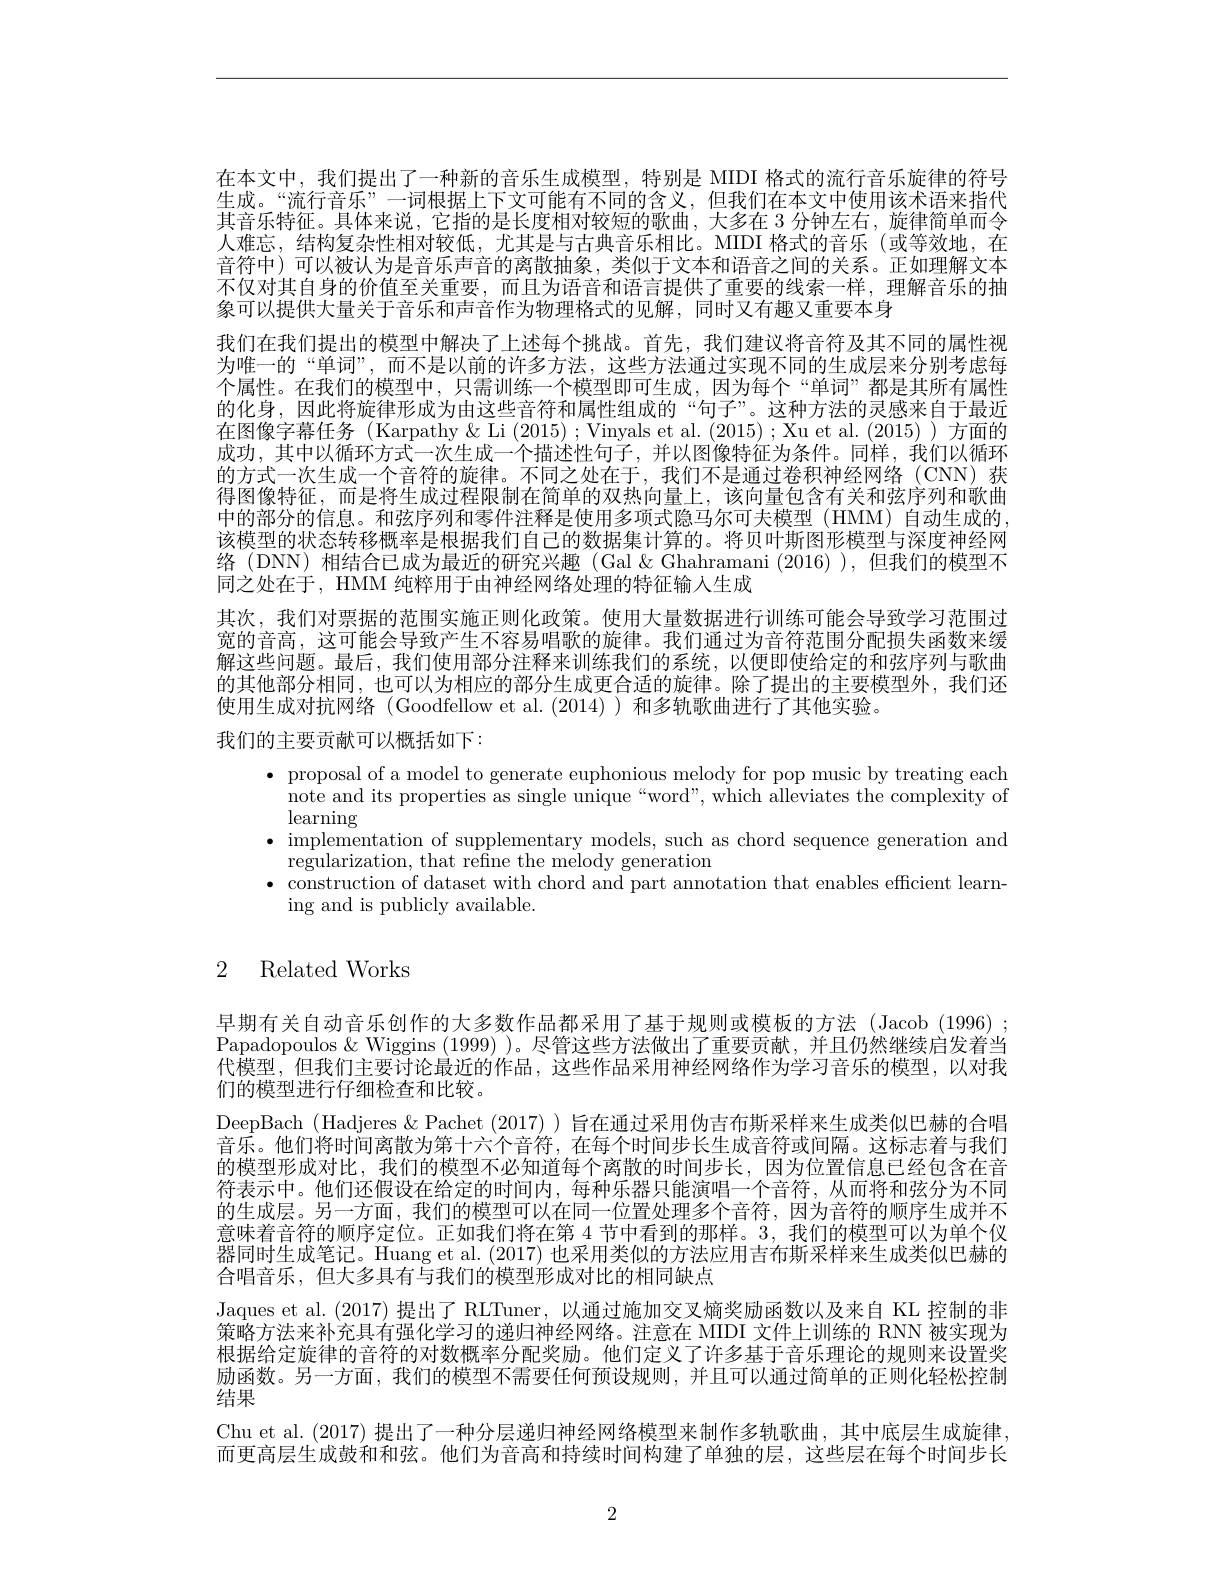
在本文中，我们提出了一种新的音乐生成模型，特别是 MIDI 格式的流行音乐旋律的符号生成。“流行音乐”一词根据上下文可能有不同的含义，但我们在本文中使用该术语来指代其音乐特征。具体来说，它指的是长度相对较短的歌曲，大多在 3 分钟左右，旋律简单而令人难忘，结构复杂性相对较低，尤其是与古典音乐相比。MIDI 格式的音乐(或等效地，在音符中)可以被认为是音乐声音的离散抽象，类似于文本和语音之间的关系。正如理解文本不仅对其自身的价值至关重要，而且为语音和语言提供了重要的线索一样，理解音乐的抽象可以提供大量关于音乐和声音作为物理格式的见解，同时又有趣又重要本身
我们在我们提出的模型中解决了上述每个挑战。首先，我们建议将音符及其不同的属性视为唯一的“单词”,而不是以前的许多方法，这些方法通过实现不同的生成层来分别考虑每个属性。在我们的模型中，只需训练一个模型即可生成，因为每个“单词”都是其所有属性的化身，因此将旋律形成为由这些音符和属性组成的“句子”。这种方法的灵感来自于最近在图像字幕任务 (Karpathy&Li (2015);Vinyals et al. (2015);Xu et al.(2015))方面的成功，其中以循环方式一次生成一个描述性句子，并以图像特征为条件。同样，我们以循环的方式一次生成一个音符的旋律。不同之处在于，我们不是通过卷积神经网络(CNN) 获得图像特征，而是将生成过程限制在简单的双热向量上，该向量包含有关和弦序列和歌曲中的部分的信息。和弦序列和零件注释是使用多项式隐马尔可夫模型 (HMM) 自动生成的， 该模型的状态转移概率是根据我们自己的数据集计算的。将贝叶斯图形模型与深度神经网络(DNN)相结合已成为最近的研究兴趣(Gal&Ghahramani (2016) ),但我们的模型不同之处在于，HMM 纯粹用于由神经网络处理的特征输入生成
其次，我们对票据的范围实施正则化政策。使用大量数据进行训练可能会导致学习范围过宽的音高，这可能会导致产生不容易唱歌的旋律。我们通过为音符范围分配损失函数来缓解这些问题。最后，我们使用部分注释来训练我们的系统，以便即使给定的和弦序列与歌曲的其他部分相同，也可以为相应的部分生成更合适的旋律。除了提出的主要模型外，我们还使用生成对抗网络 (Goodfellow et al.(2014))和多轨歌曲进行了其他实验。
我们的主要贡献可以概括如下：

· proposal of a model to generate euphonious melody for pop music by treating each
note and its properties as single unique“word”, which alleviates the complexity of
$\operatorname*{learning}$
$\bullet$ implementation of supplementary models, such as chord sequence generation and
$\bar{\text{regularization, that refine the melody generation}}$
$\bullet$ construction of dataset with chord and part annotation that enables efficient learn-
ing and is publicly available.

# 2 Related Works

早期有关自动音乐创作的大多数作品都采用了基于规则或模板的方法(Jacob(1996) ; Papadopoulos & Wiggins (1999) )。尽管这些方法做出了重要贡献，并且仍然继续启发着当代模型，但我们主要讨论最近的作品，这些作品采用神经网络作为学习音乐的模型，以对我们的模型进行仔细检查和比较。
DeepBach (Hadjeres &Pachet (2017) ) 旨在通过采用伪吉布斯采样来生成类似巴赫的合唱音乐。他们将时间离散为第十六个音符，在每个时间步长生成音符或间隔。这标志着与我们的模型形成对比，我们的模型不必知道每个离散的时间步长，因为位置信息已经包含在音符表示中。他们还假设在给定的时间内，每种乐器只能演唱一个音符，从而将和弦分为不同的生成层。另一方面，我们的模型可以在同一位置处理多个音符，因为音符的顺序生成并不意味着音符的顺序定位。正如我们将在第 4 节中看到的那样。3, 我们的模型可以为单个仪器同时生成笔记。Huang et al. (2017) 也采用类似的方法应用吉布斯采样来生成类似巴赫的合唱音乐，但大多具有与我们的模型形成对比的相同缺点
Jaques et al.(2017) 提出了 RLTuner,以通过施加交叉熵奖励函数以及来自 KL 控制的非策略方法来补充具有强化学习的递归神经网络。注意在 MIDI 文件上训练的 RNN 被实现为根据给定旋律的音符的对数概率分配奖励。他们定义了许多基于音乐理论的规则来设置奖励函数。另一方面，我们的模型不需要任何预设规则，并且可以通过简单的正则化轻松控制结果
Chu et al. (2017) 提出了一种分层递归神经网络模型来制作多轨歌曲，其中底层生成旋律， 而更高层生成鼓和和弦。他们为音高和持续时间构建了单独的层，这些层在每个时间步长

2